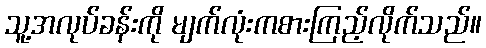
သူ့အလုပ်ခန်းကို မျက်လုံးကစားကြည့်လိုက်သည်။